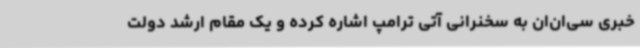
خبری سی‌ان‌ان به سخنرانی آتی ترامپ اشاره کرده و یک مقام ارشد دولت